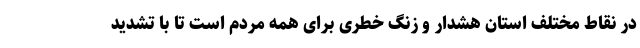
در نقاط مختلف استان هشدار و زنگ خطری برای همه مردم است تا با تشدید